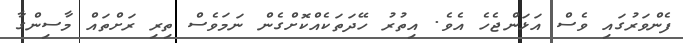
ފެންވަރުގައި ވެސް އަޅަންޖެހެ އެވެ. އިތުރު ހޭދަތަކެއްކޮށްގެން ނަމަވެސް ތިރި ރަށްތައް މާސިންގާ